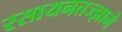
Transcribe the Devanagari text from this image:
रसायनतज्ज्ञाने